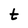
Character: t